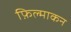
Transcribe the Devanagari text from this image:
फ़िल्माकन